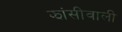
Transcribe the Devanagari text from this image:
झांसीवाली